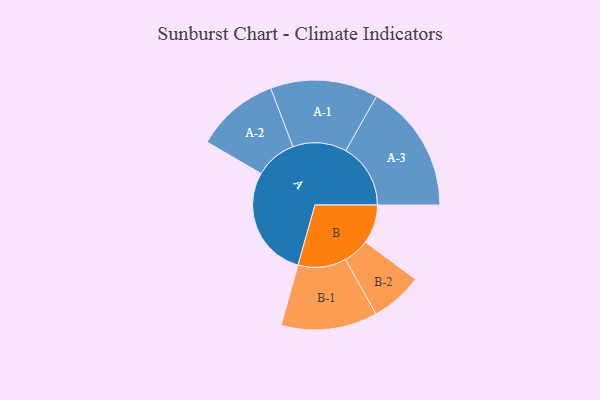
{"axis": {"x": "Segment", "y": "Value"}, "legend": ["", "A", "B"], "data": [{"x": "A", "y": 499, "type": ""}, {"x": "B", "y": 174, "type": ""}, {"x": "A-1", "y": 240, "type": "A"}, {"x": "A-2", "y": 186, "type": "A"}, {"x": "A-3", "y": 289, "type": "A"}, {"x": "B-1", "y": 215, "type": "B"}, {"x": "B-2", "y": 116, "type": "B"}]}